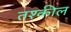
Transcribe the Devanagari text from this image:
तश्कील